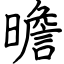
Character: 曕